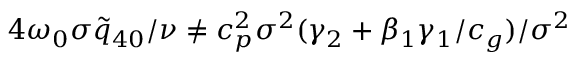
{ 4 \omega _ { 0 } \sigma } \tilde { q } _ { 4 0 } / \nu \not = c _ { p } ^ { 2 } { \sigma ^ { 2 } } ( \gamma _ { 2 } + \beta _ { 1 } \gamma _ { 1 } / c _ { g } ) / { \sigma ^ { 2 } }